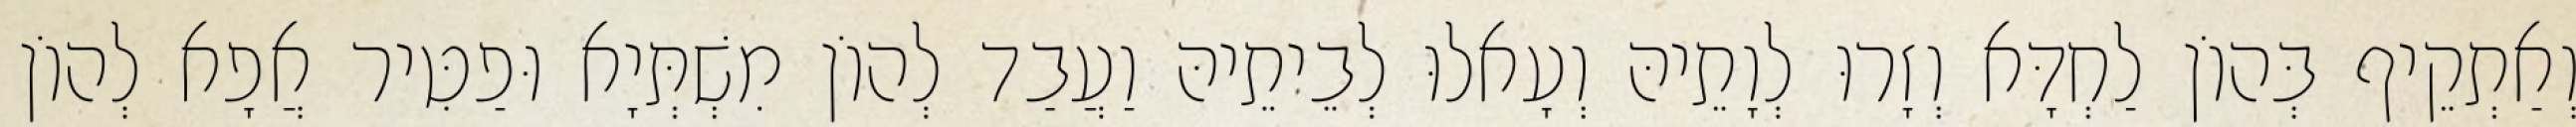
וְאַתְקֵיף בְּהוֹן לַחְדָּא וְזָרוּ לְוָתֵיהּ וְעָאלוּ לְבֵיתֵיהּ וַעֲבַד לְהוֹן מִשְׁתְּיָא וּפַטִּיר אֲפָא לְהוֹן